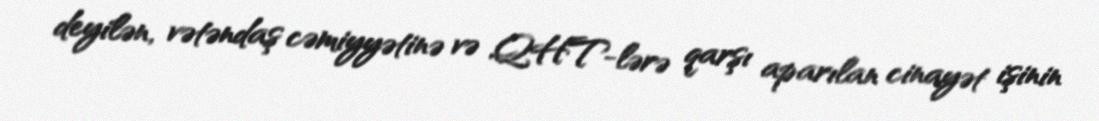
deyilən, vətəndaş cəmiyyətinə və QHT-lərə qarşı aparılan cinayət işinin